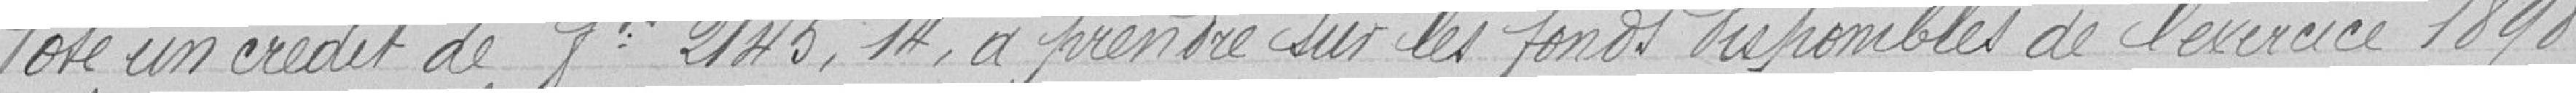
Vote un crédit de 2145,14 francs, à prendre sur les fonds disponibles de l'exercice 1898.